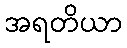
အရတိယာ